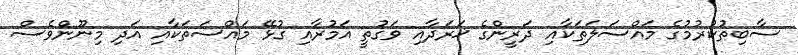
ސާބިތުކުރުމުގެ މައްސަލަތަކާއި ދަރީންގެ ޚަރަދާއި ވަގުތީ އަމުރާއި ގުޅޭ މައްސަތަކާއި އަދި މިނޫންވެސް